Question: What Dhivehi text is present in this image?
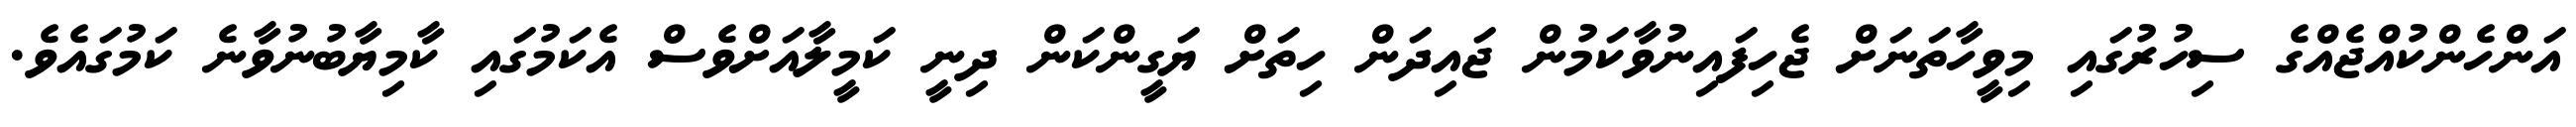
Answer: އަންހެންކުއްޖެއްގެ ސިހުރުގައި މިވީހާތަނަށް ޖެހިފައިނުވާކަމުން ޖައިދަން ހިތަށް ޔަގީންކަން ދިނީ ކަމީލާއަށްވެސް އެކަމުގައި ކާމިޔާބުނުވާނެ ކަމުގައެވެ.